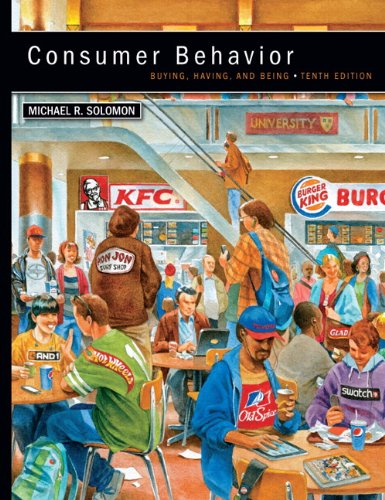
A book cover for Consumer Behavior (10th Edition); Michael R. Solomon; Business & Money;